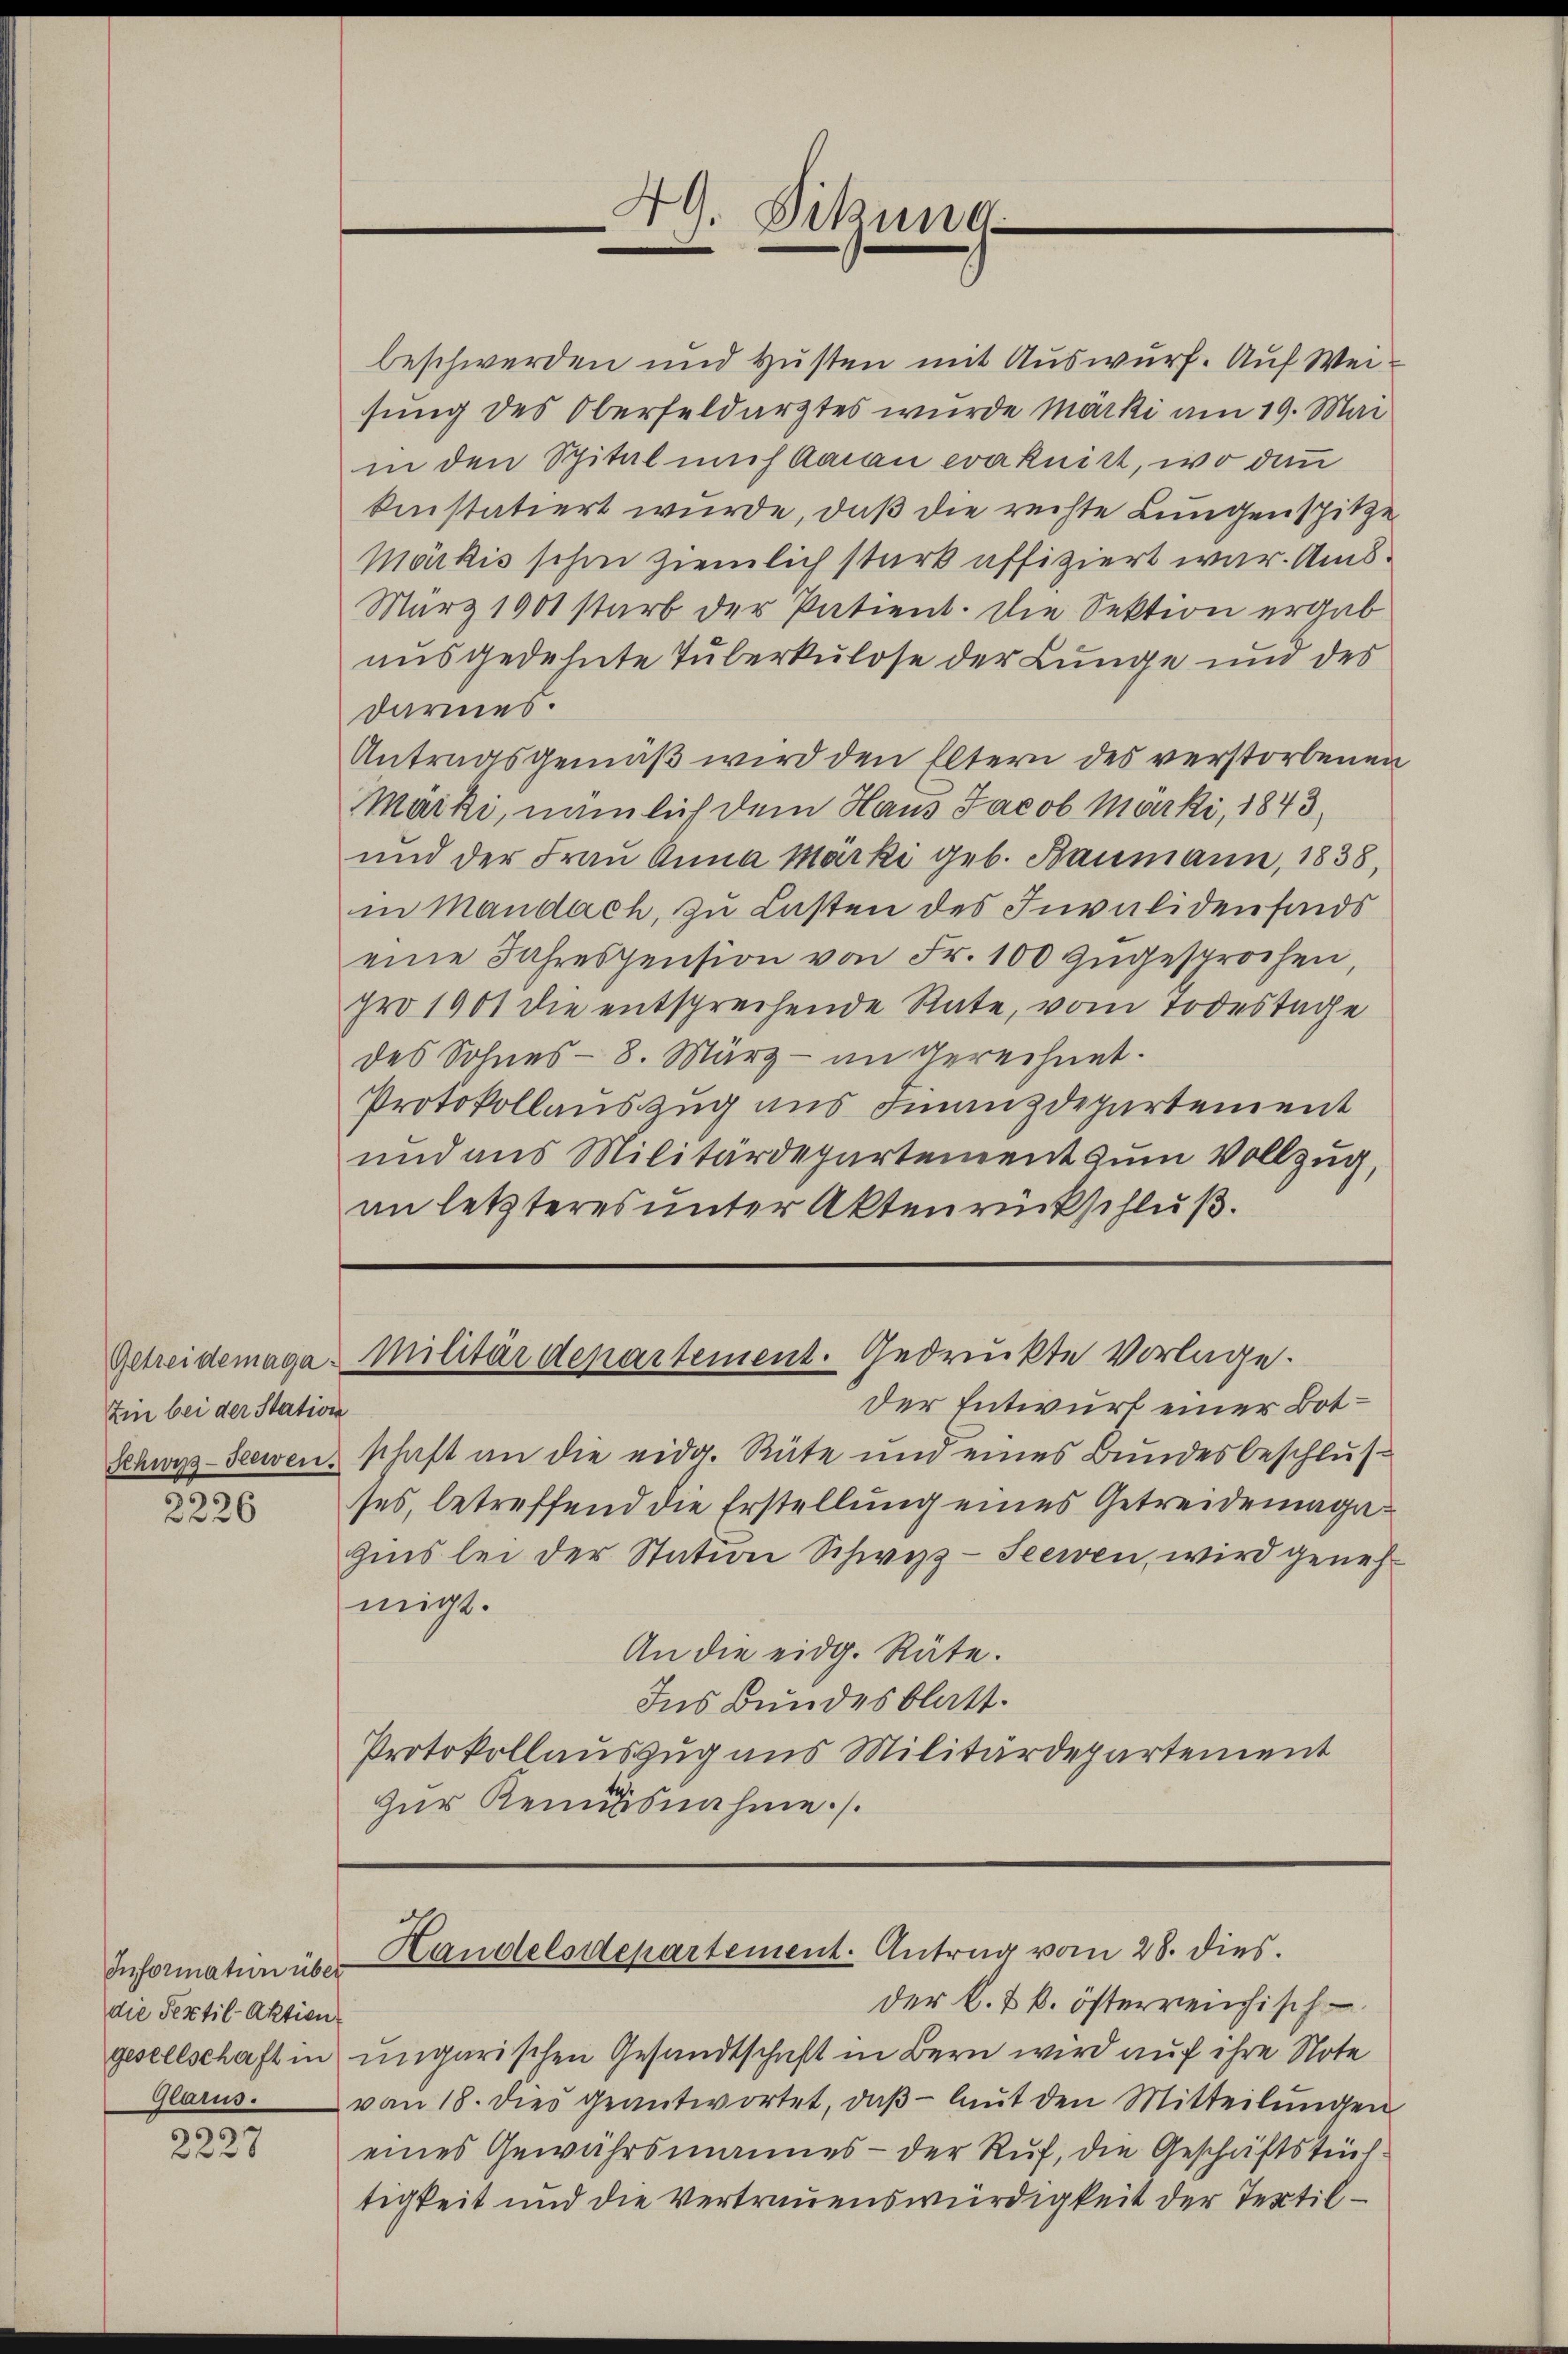
Ein bei der Station

2226

Informatin über
die Sextil- Aktien
Glarus.

2227

beschwerden und Husten mit Auswurf. Auf Weisung des Oberfeldarztes wurde Märki am 19. Mai
in den Spital mich Aarau evaknitt, wo dann
kiistatiert wurde, daß die rechte Lungenspitze
Märkis schon ziemlich stark affiziert war. Ams
März 1901 starb der Patient. Die Sektion ergab
ausgedehnte Tuberkulose der Lunge und des
darmes.
Antragsgemäβ wird den Eltern des verstorbenen
Märki, nämlich dem Haus Jacob Märki, 1843,
und der Frau Anna Märki geb. Baumann, 1838,
in Mandach, zu Lasten des Invaliden sinds
eine Jahrespension von Fr. 100 zugesprochen,
pro 1901 die entsprechende Rate, vom Todestage
des Sohnes- 8. März - an gerechnet.
Protokollauszug aus Finanzdepartement
und aus Militärdepartement zum Vollzug,
im letzteres unter Aktenrückschluß.

49. Sitzung
e

Getreidemaga Militärdepartement. Gedruckte Vorlage.

der k. k. k. österreichisch
gesellschaft in ungarischen Gesandtschaft in Bern wird auf ihre Note
von 18. dies geantwortet, daβ - laut den Mitteilŭngen
eines Gewährsmannes - der Ruf, die Geschäftstüchtigkeit und die Vertrauenswürdigkeit der Tertil¬

der Entwurt einer Bot¬
Schwyz-Seewen, schaft an die eidg. Rüte und eines Bundesbeschlusses, betreffend die Erstellung eines Getreidemagazins bei der Station Schwyz-Seewen, wird geneh
migt.
An die eidg. Räte.
Ins Bundesblatt.
Protokollauszug aus Militärdepartement
zur Renausnahme.

Landelsdepartement. Antrag vom 28. dies